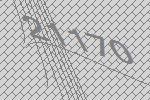
21170